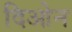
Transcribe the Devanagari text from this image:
दिओन